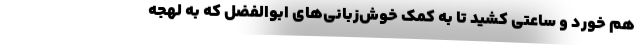
هم خورد و ساعتی کشید تا به کمک خوش‌زبانی‌های ابوالفضل که به لهجه